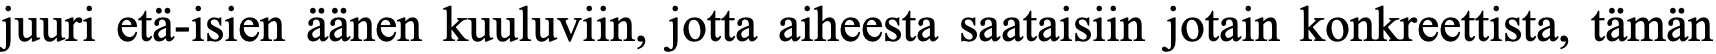
juuri etä-isien äänen kuuluviin, jotta aiheesta saataisiin jotain konkreettista, tämän